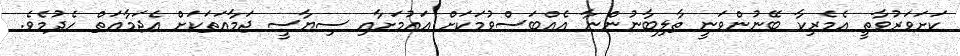
ކަށަވަރުވާތީ އެމެރިކާ ބޭނުންވަނީ ތާލިބާނުންނާ އެއްބަސްވުމަކަށް އައުމަށާއި ސިޔާސީ ޖަމާއަތަކަށް އެޖަމާއަތް ހެދުމެވެ.